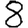
Digit: 8